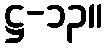
ဋ္ဌ-၁၃။